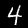
Digit: 4